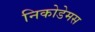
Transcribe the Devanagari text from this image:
निकोडेमस